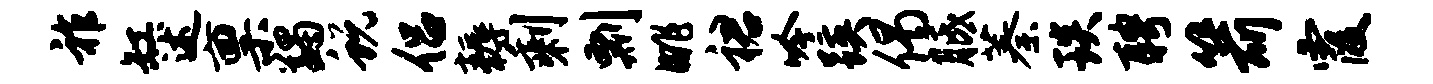
祚缸述禀蠲蜕侣耨剩剽眺裙吟蹊偈胝蓁琰聘箭霞